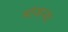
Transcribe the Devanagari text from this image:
मांजऱ्या